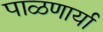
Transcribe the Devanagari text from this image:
पाळणार्या